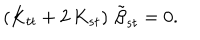
\left( K _ { t t } + 2 \, K _ { s t } \right) \, { \tilde { \beta } } _ { s t } = 0 .